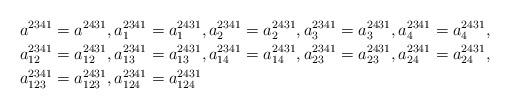
LaTeX: \begin{align*}a^{2341} & =a^{2431},a_{1}^{2341}=a_{1}^{2431},a_{2}^{2341}=a_{2}^{2431},a_{3}^{2341}=a_{3}^{2431},a_{4}^{2341}=a_{4}^{2431},\\a_{12}^{2341} & =a_{12}^{2431},a_{13}^{2341}=a_{13}^{2431},a_{14}^{2341}=a_{14}^{2431},a_{23}^{2341}=a_{23}^{2431},a_{24}^{2341}=a_{24}^{2431},\\a_{123}^{2341} & =a_{123}^{2431},a_{124}^{2341}=a_{124}^{2431}\end{align*}